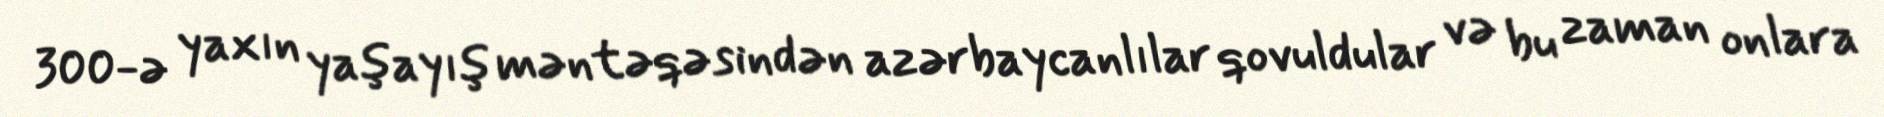
300-ə yaxın yaşayış məntəqəsindən azərbaycanlılar qovuldular və bu zaman onlara